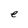
Character: e